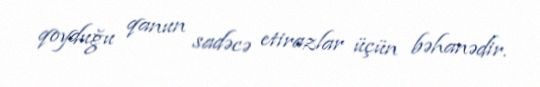
qoyduğu qanun sadəcə etirazlar üçün bəhanədir.